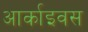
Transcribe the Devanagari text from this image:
आर्काइवस